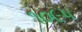
૧૦૯૫